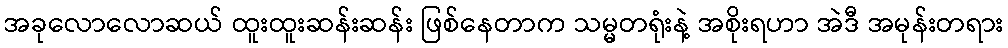
အခုလောလောဆယ် ထူးထူးဆန်းဆန်း ဖြစ်နေတာက သမ္မတရုံးနဲ့ အစိုးရဟာ အဲဒီ အမုန်းတရား